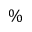
\%